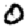
Digit: 0